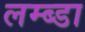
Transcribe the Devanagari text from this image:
लम्ब्डा